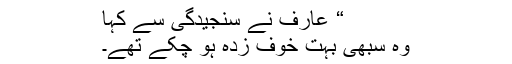
“ عارف نے سنجیدگی سے کہا
وہ سبھی بہت خوف زدہ ہو چکے تھے۔